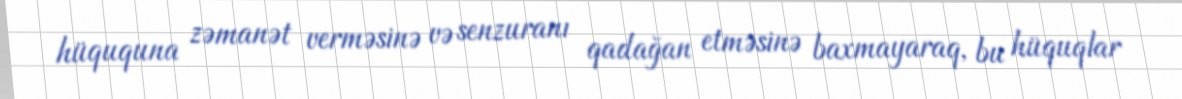
hüququna zəmanət verməsinə və senzuranı qadağan etməsinə baxmayaraq, bu hüquqlar